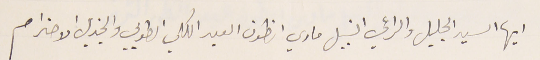
ايها السيد الجليل والراعي النبيل ماري انطون العبد الكلي الطوبي والجزيل الاحترام